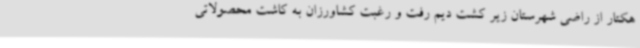
هکتار از راضی شهرستان زیر کشت دیم رفت و رغبت کشاورزان به کاشت محصولاتی